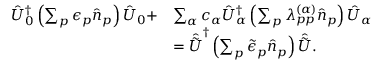
\begin{array} { r l } { \hat { U } _ { 0 } ^ { \dagger } \left( \sum _ { p } \epsilon _ { p } \hat { n } _ { p } \right) \hat { U } _ { 0 } + } & { \sum _ { \alpha } c _ { \alpha } \hat { U } _ { \alpha } ^ { \dagger } \left( \sum _ { p } \lambda _ { p p } ^ { ( \alpha ) } \hat { n } _ { p } \right) \hat { U } _ { \alpha } } \\ & { = \hat { \tilde { U } } ^ { \dagger } \left( \sum _ { p } \tilde { \epsilon } _ { p } \hat { n } _ { p } \right) \hat { \tilde { U } } . } \end{array}